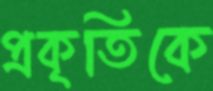
প্রকৃতিকে